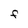
Character: F